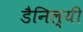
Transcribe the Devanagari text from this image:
डैनिल्यी